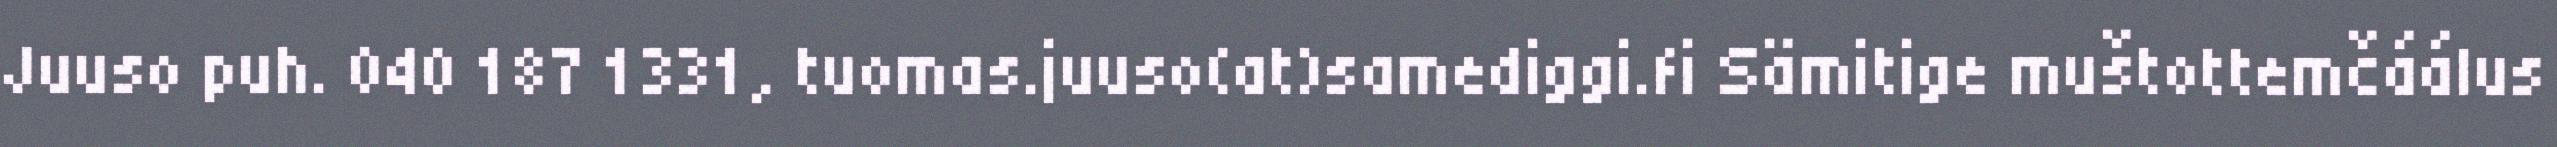
Juuso puh. 040 187 1331, tuomas.juuso(at)samediggi.fi Sämitige muštottemčáálus